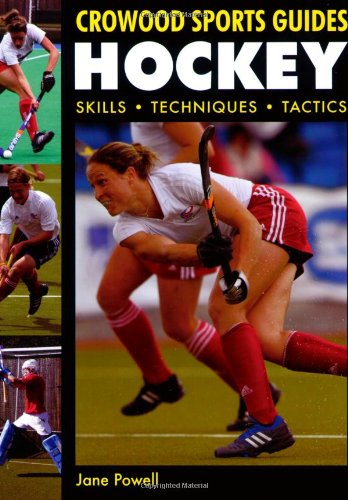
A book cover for Hockey: Skills Techniques Tactics (Crowood Sports Guides); Jane Powell; Sports & Outdoors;